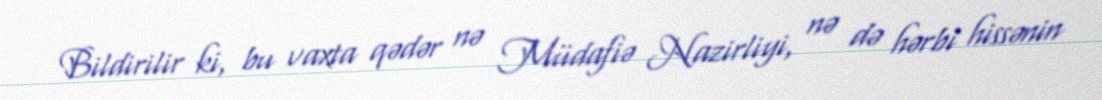
Bildirilir ki, bu vaxta qədər nə Müdafiə Nazirliyi, nə də hərbi hissənin